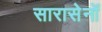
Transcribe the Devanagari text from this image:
सारासेनों